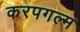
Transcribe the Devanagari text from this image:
करपगल्म